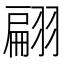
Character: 翩